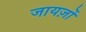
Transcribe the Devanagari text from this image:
जायज़ों